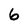
Character: 6